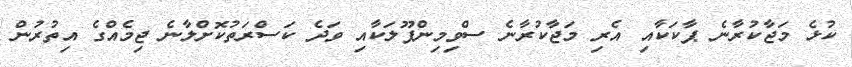
ކުޅެ މަޖާކުރާނެ ޕާކަކާއި އެރި މަޖާކުރާނެ ސްވިމިންޕޫލަކާއި ވަދެ ކަސްރަތުކޮށްލާނެ ޖިމެއްގެ އިތުރުން